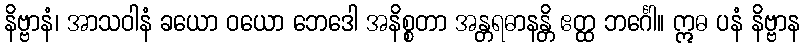
နိဗ္ဗာနံ၊ အာသဝါနံ ခယော ဝယော ဘေဒေါ အနိစ္စတာ အန္တရဓာနန္တိ ဧတ္ထ ဘင်္ဂေါ။ ဣဓ ပနံ နိဗ္ဗာန